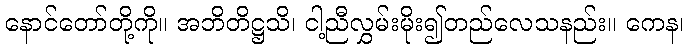
နောင်တော်တို့ကို။ အဘိတိဋ္ဌသိ၊ ငါ့ညီလွှမ်းမိုး၍တည်လေသနည်း။ ကေန၊